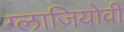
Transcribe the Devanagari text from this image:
ग्लाज़ियोवी